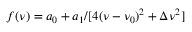
f ( \nu ) = a _ { 0 } + a _ { 1 } / [ 4 ( \nu - \nu _ { 0 } ) ^ { 2 } + \Delta \nu ^ { 2 } ]